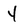
Character: 4